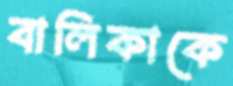
বালিকাকে